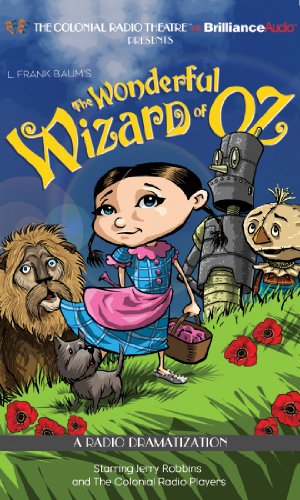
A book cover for The Wonderful Wizard of Oz: A Radio Dramatization (Oz Series); L. Frank Baum; Literature & Fiction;